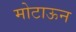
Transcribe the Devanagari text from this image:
मोटाऊन